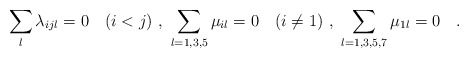
\begin{align*}\sum_l \lambda_{ijl} =0 \quad (i<j) \ , \ \sum_{\tiny l=1,3,5} \mu_{il} = 0 \quad (i \neq 1) \ , \ \sum_{\tiny l=1,3,5,7} \mu_{1 l} = 0 \quad .\end{align*}